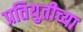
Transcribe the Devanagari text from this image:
प्रतियुतीच्या